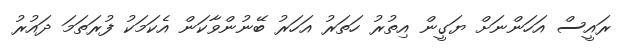
ރައީސް އަހަންނަށް ޔަގީން އިތުރު ހަތަރު އަހަރު ބޭނުންވާކަން އެކަމަކު ފުރަތަމަ ދައުރު